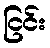
ငြင်း